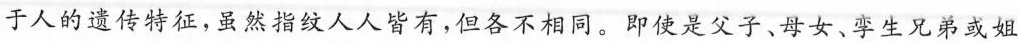
于人的遗传特征，虽然指纹人人皆有，但各不相同。即使是父子、母女、孪生兄弟或姐